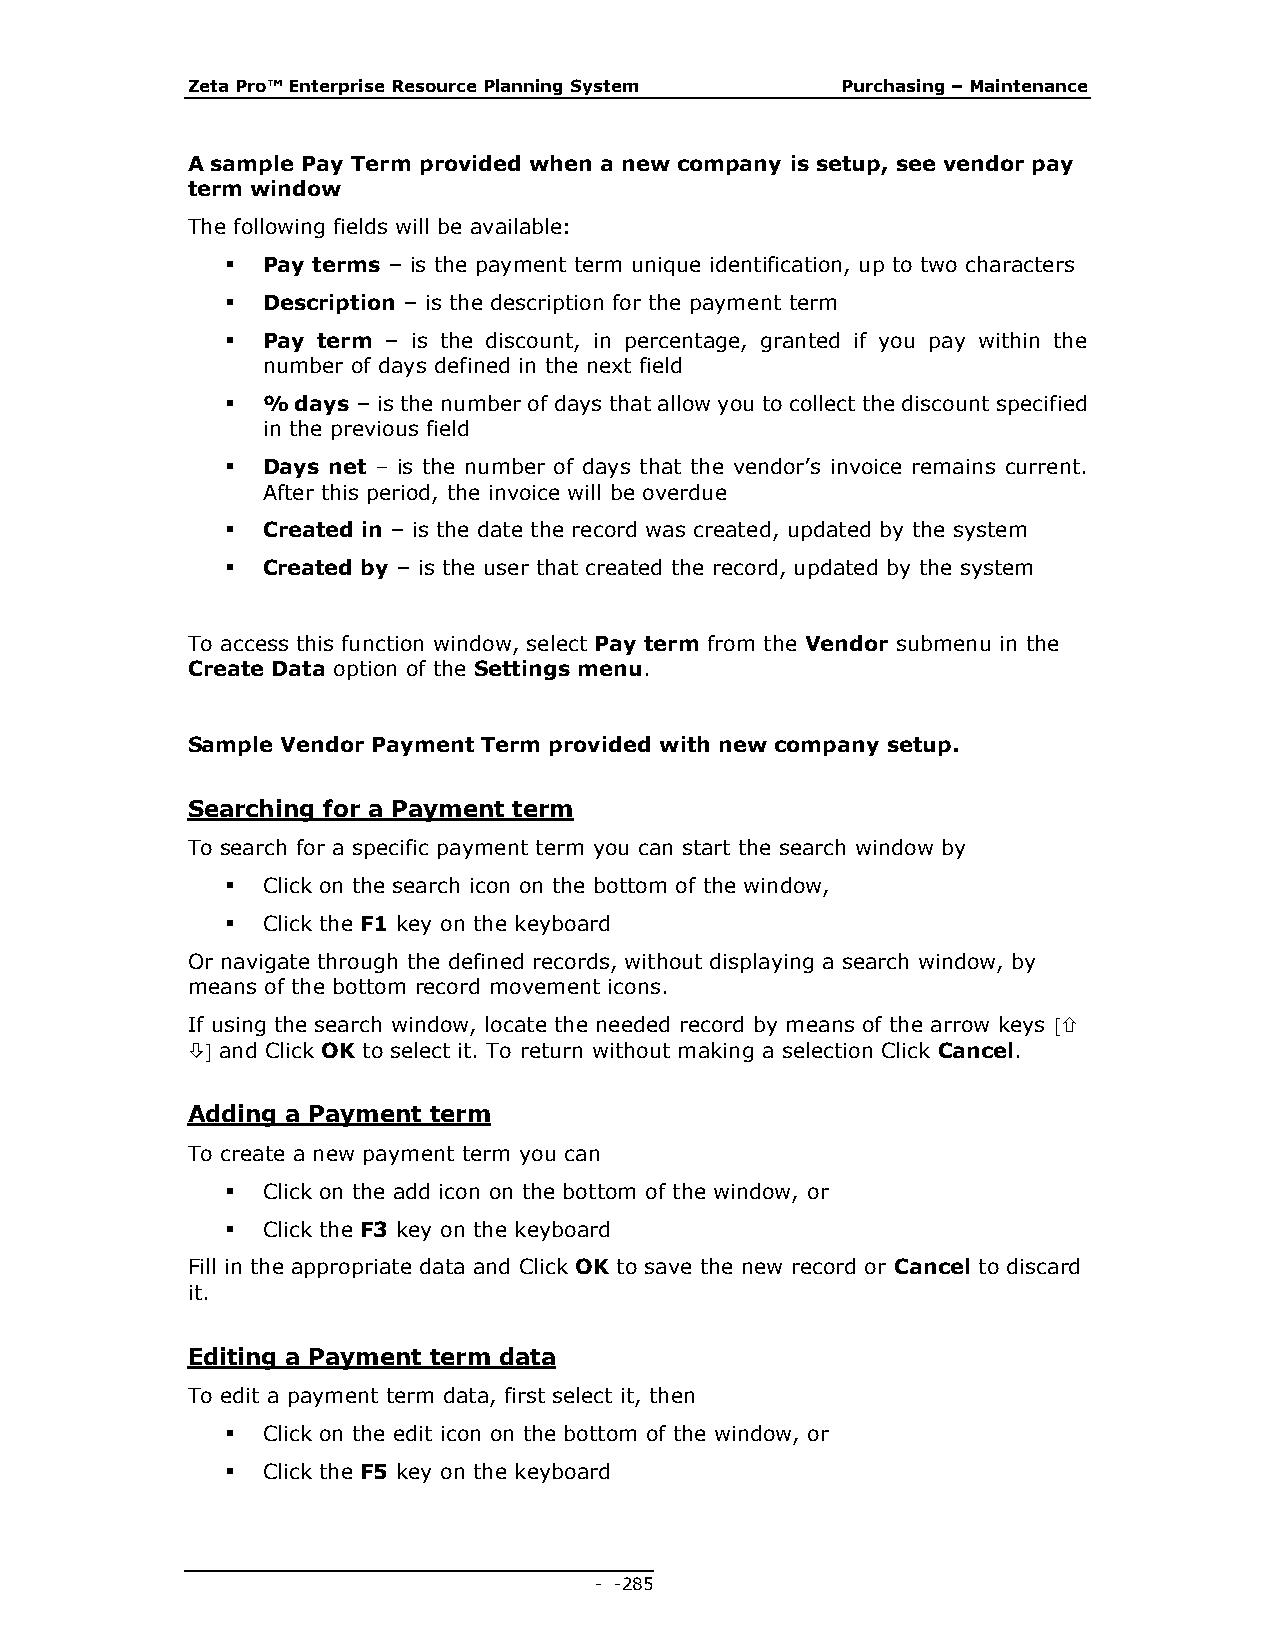
Zeta Pro™ Enterprise Resource Planning System Purchasing – Maintenance
 A sample Pay Term provided when a new company is setup, see vendor pay
 term window
 The following fields will be available:
  Pay terms – is the payment term unique identification, up to two characters
  Description – is the description for the payment term
  Pay term – is the discount, in percentage, granted if you pay within the
 number of days defined in the next field
  %  days – is the number of days that allow you to collect the discount specified
 in the previous field
  Days net – is the number of days that the vendor’s invoice remains current.
 After this period, the invoice will be overdue
  Created in – is the date the record was created, updated by the system
  Created by – is the user that created the record, updated by the system
 To access this function window, select Pay term from the Vendor submenu in the
 Create Data option of the Settings menu.
 Sample Vendor Payment Term provided with new company setup.
 Searching for a Payment term
 To search for a specific payment term you can start the search window by
  Click on the search icon on the bottom of the window,
  Click the F1 key on the keyboard
 Or navigate through the defined records, without displaying a search window, by
 means of the bottom record movement icons.
 If using the search window, locate the needed record by means of the arrow keys 
  and Click OK to select it. To return without making a selection Click Cancel.
 Adding a Payment term
 To create a new payment term you can
  Click on the add icon on the bottom of the window, or
  Click the F3 key on the keyboard
 Fill in the appropriate data and Click OK to save the new record or Cancel to discard
 it.
 Editing a Payment term data
 To edit a payment term data, first select it, then
  Click on the edit icon on the bottom of the window, or
  Click the F5 key on the keyboard
 - - 285